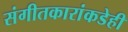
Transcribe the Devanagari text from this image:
संगीतकारांकडेही